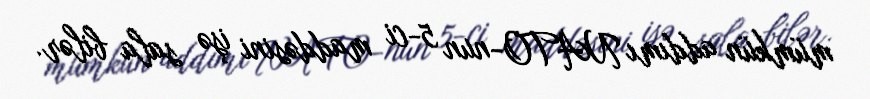
mümkün addımı NATO-nun 5-ci maddəsini işə sala bilər.